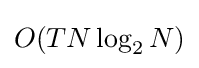
O(TN\log _{2}N)